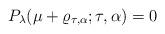
LaTeX: \begin{align*}P_\lambda(\mu+\varrho_{\tau,\alpha};\tau,\alpha)=0\end{align*}